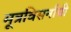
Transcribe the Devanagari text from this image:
मूत्रविसर्नाची